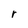
Character: r